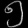
Digit: ၅